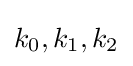
k_{0},k_{1},k_{2}